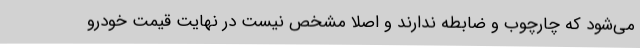
می‌شود که چارچوب و ضابطه ندارند و اصلا مشخص نیست در نهایت قیمت خودرو